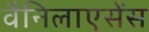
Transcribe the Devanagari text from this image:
वैनिलाएसेंस